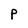
Character: P